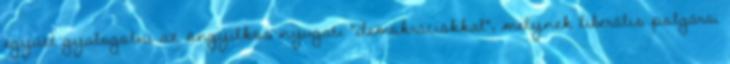
együtt gyalogolni az öngyilkos nyugati "demokráciákkal", melynek liberális polgárai